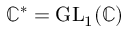
\mathbb { C } ^ { * } = \operatorname { G L } _ { 1 } ( \mathbb { C } )